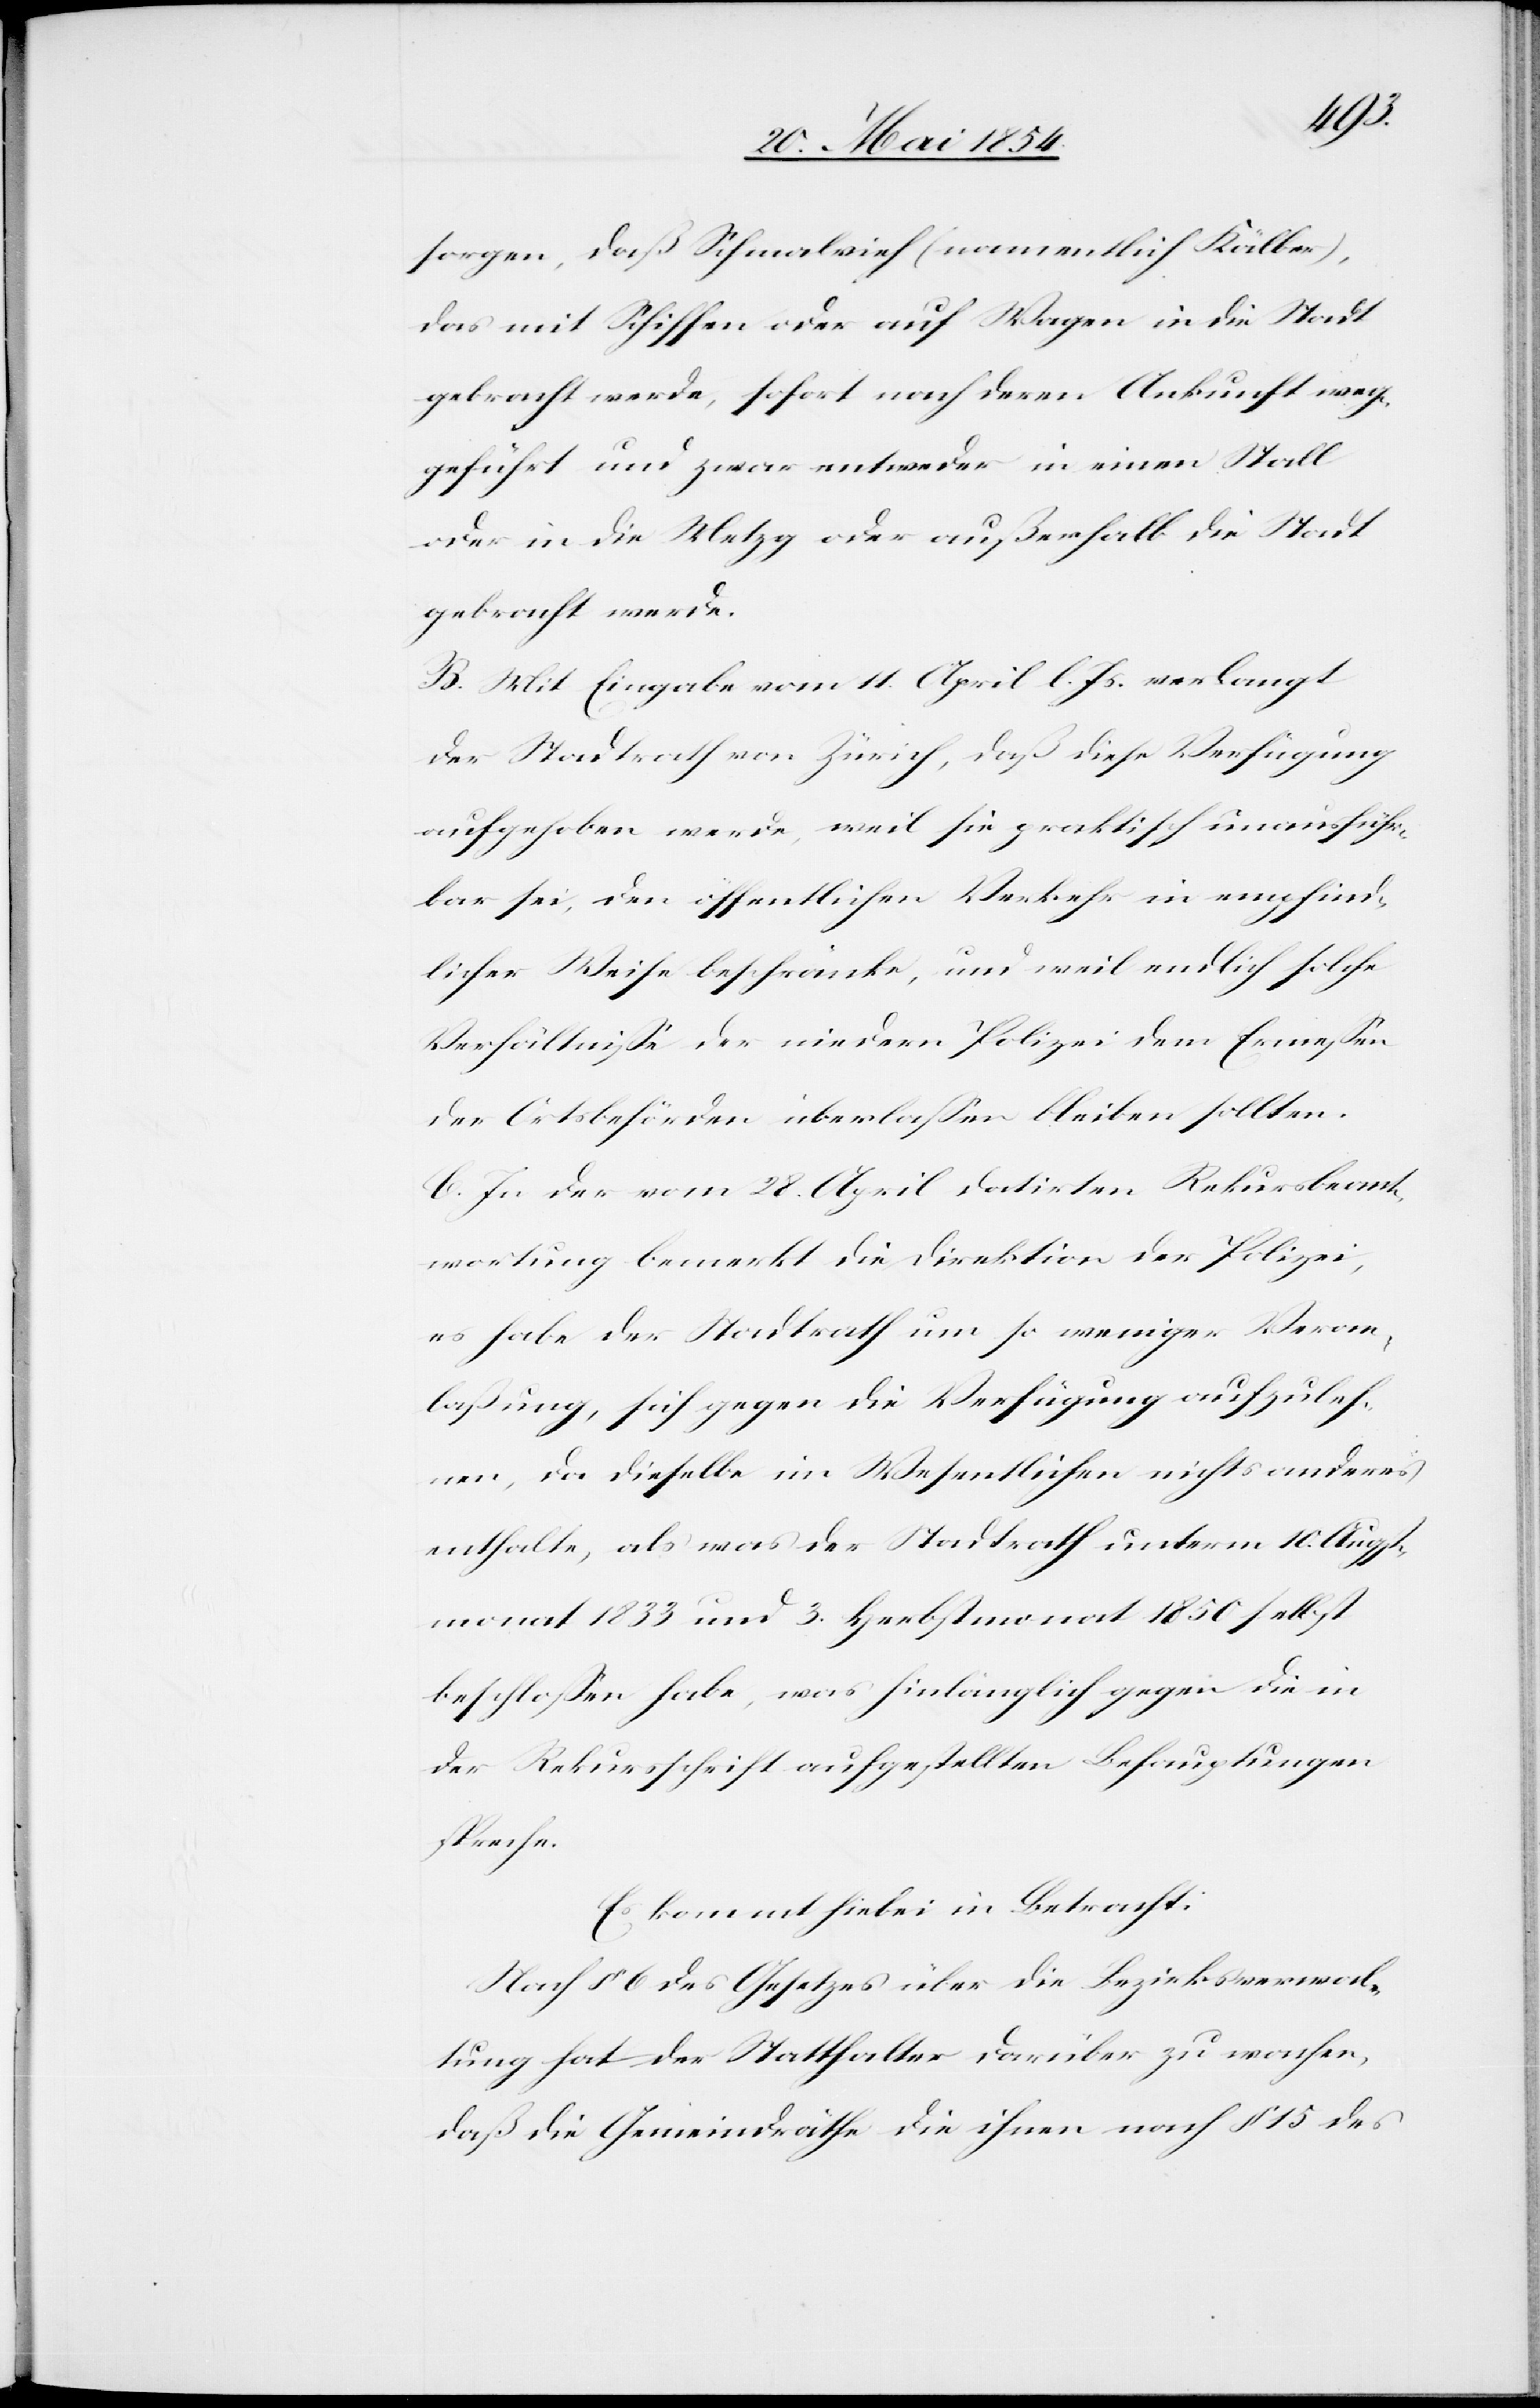
sorgen, daß Schmalvieh (namentlich Kälber),
das mit Schiffen oder auf Wagen in die Stadt
gebracht werde, sofort nach deren Ankunft weg¬
geführt und zwar entweder in einen Stall
oder in die Metzg oder außerhalb die Stadt
gebracht werde.
B. Mit Eingabe vom 11. April l. Js. verlangt
der Stadtrath von Zürich, daß diese Verfügung
aufgehoben werde, weil sie praktisch unausführ¬
bar sei, den öffentlichen Verkehr in empfind¬
licher Weise beschränke, und weil endlich solche
Verhältniße der niedern Polizei dem Ermeßen
der Ortsbehörden überlaßen bleiben sollte.
C. In der vom 28. April datirten Rekursbeant¬
wortung bemerkt die Direktion der Polizei,
es habe der Stadtrath um so weniger Veran¬
laßung, sich gegen die Verfügung aufzuleh¬
nen, da dieselbe im Wesentlichen nichts anders
enthalte, als was der Stadtrath unterm 10. August¬
monat 1833 und 3. Herbstmonat 1850 selbst
beschloßen habe, was hinlänglich gegen die in
der Rekursschrift aufgestellten Behauptungen
spreche.
Es kommt hiebei in Betracht:
Nach § 6 des Gesetzes über die Bezirksverwal¬
tung hat der Statthalter darüber zu wachen,
daß die Gemeindräthe die ihnen nach § 15 des